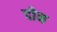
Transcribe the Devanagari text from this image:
दाेन